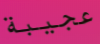
عجيبة